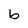
Character: b